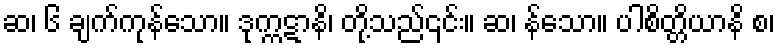
ဆ၊ ၆ ချက်ကုန်သော။ ဒုက္ကဋာနိ၊ တို့သည်၎င်း။ ဆ၊ န်သော။ ပါစိတ္တိယာနိ စ၊